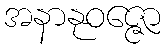
အနာနုဝဇ္ဇော